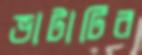
ভাটাটির